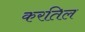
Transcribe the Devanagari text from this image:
करतिल